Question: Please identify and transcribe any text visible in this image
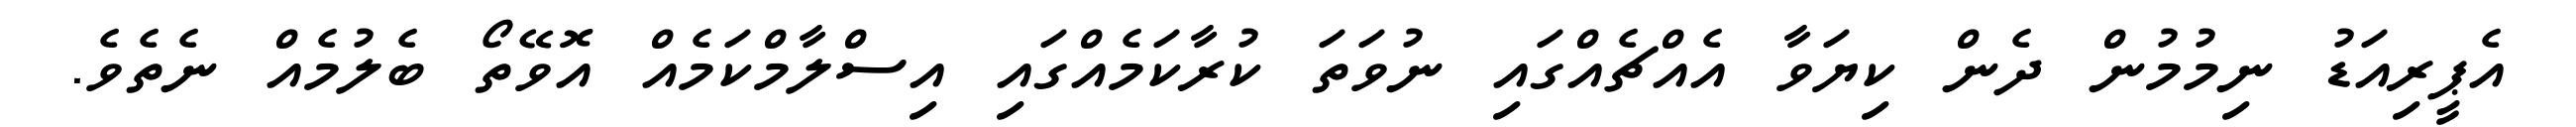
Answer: އެޕީރިއަޑު ނިމުމުން ދެން ކިޔަވާ އެއްޗެއްގައި ނުވަތަ ކުރާކަމެއްގައި އިސްލާމްކަމެއް އޮވޭތޯ ބެލުމެއް ނެތެވެ.